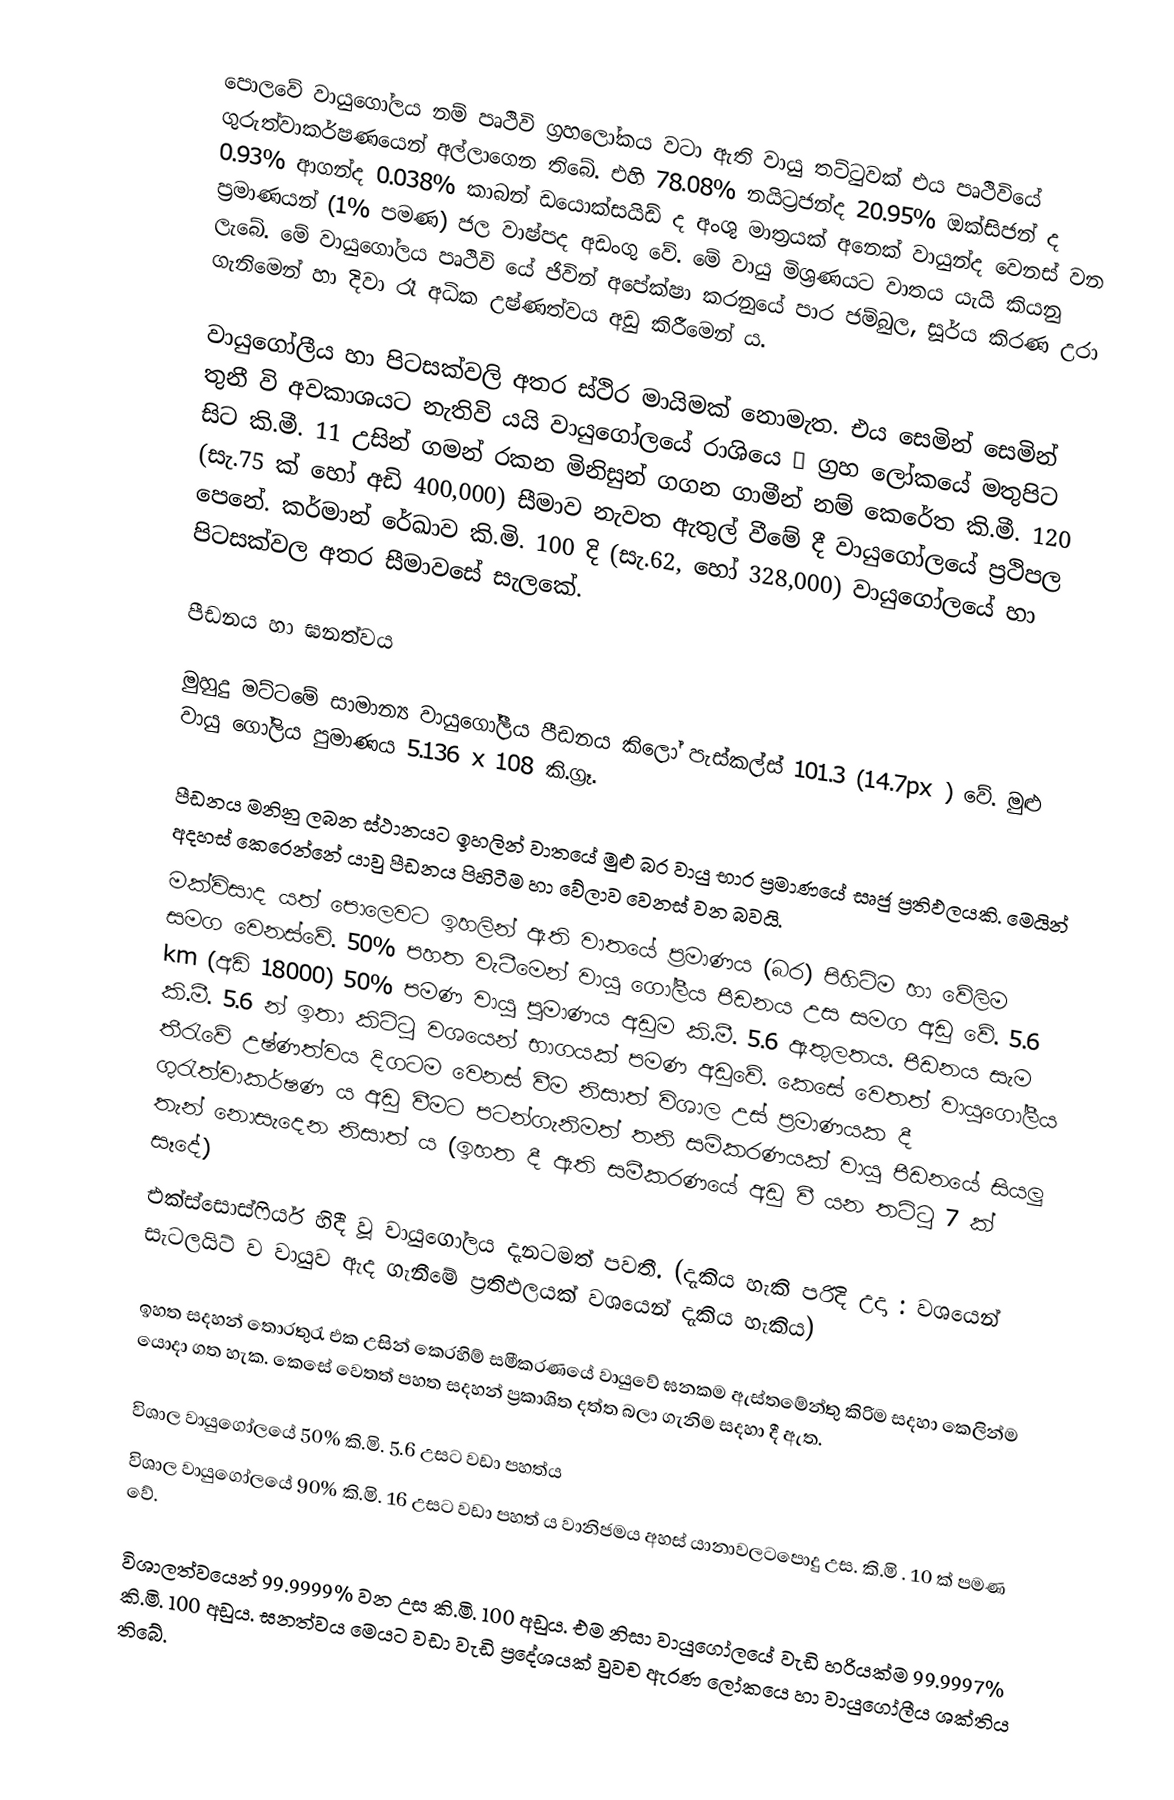
පොලවේ වායුගෝලය නම් පෘථිවි ග්‍රහලෝකය වටා ඇති වායු තට්ටුවක් එය පෘථිවියේ ගුරුත්වාකර්ෂණයෙන් අල්ලාගෙන තිබේ. එහි 78.08% නයිට්‍රජන්ද 20.95% ඔක්සිජන් ද 0.93% ආගන්ද  0.038% කාබන් ඩයොක්සයිඩ් ද  අංශු මාත්‍රයක් අනෙක් වායුන්ද වෙනස් වන ප්‍රමාණයන් (1% පමණ) ජල වාෂ්පද අඩංගු වේ. මේ වායු මිශ්‍රණයට වාතය යැයි කියනු ලැබේ. මේ වායුගෝල‍ය පෘථිවි යේ ජිවින් අපේක්ෂා කරනුයේ පාර ජම්බුල, සූර්ය කිරණ උරා ගැනිමෙන් හා දිවා රෑ අධික උෂ්ණත්වය අඩු කිරීමෙන් ය.

වායු‍ගෝලීය හා පිටසක්වලි අතර ස්ථිර මායිමක් නොමැත. එය සෙමින් සෙමින් තුනී වි අවකාශයට නැතිවි යයි වායුගෝලයේ රාශියෙ ¾ ග්‍රහ ‍ලෝකයේ මතුපිට සිට කි.මී. 11 උසින් ගමන් රකන මිනිසුන් ගගන ගාමීන් නම් කෙරේත කි.මී. 120 (සැ.75 ක් හෝ අඩි 400,000) සීමාව නැවත ඇතුල් වීමේ දී වායුගෝලයේ ප්‍රථිපල පෙනේ. කර්මාන් රේඛාව කි.මි. 100 දි (සැ.62, හෝ 328,000) වායුගෝලයේ හා පිටසක්වල අතර සීමාවසේ සැලකේ.

පීඩනය හා ඝනත්වය

මුහුදු මට්ටමේ සාමාන්‍ය වායුගෝලීය පීඩනය කිලෝ පැස්කල්ස් 101.3 (14.7px ) වේ. මුළු වායු ගෝලිය පුමාණය 5.136 x 108   කි.ග්‍රෑ.

පීඩනය මනිනු ලබන ස්ථානයට ඉහලින් වාතයේ මුළු බර වායු භාර ප්‍රමාණයේ සෘජු ප්‍රතිඵලයකි. මෙයින් අදහස් කෙරෙන්නේ යාවු පීඩනය පිහිටීම  හා වේලාව වෙනස් වන බවයි.
මක්විසාද යත් පොලෙවට ඉහලින් ඇති වාතයේ  ප්‍රමාණය (බර) පිහිටිම හා වේලිම සමග වෙනස්වේ. 50% පහත වැටීමෙන් වායු ගෝලීය පීඩනය උස සමග අඩු වේ. 5.6  km  (අඩි 18000) 50% පමණ වායු පුමාණය අඩුම කි.මී. 5.6 ඇතුලතය. පීඩනය සැම කි.මී. 5.6 න් ඉතා කිට්ටු  වශයෙන් භාගයක් පමණ අඩුවේ.  කෙසේ වෙතත් වායුගෝලීය තීරැවේ උෂ්ණත්වය දිගටම වෙනස් වීම නිසාත් විශාල උස් ප්‍රමාණයක දී ගුරැත්වාකර්ෂණ ය අඩු වීමට පටන්ගැනිමත් තනි සමිකරණයක් වායු පීඩනයේ සියලු තැන්  නොසැදෙන නිසාත් ය (ඉහත දී ඇති සමීකරණයේ අඩු වී යන තට්ටු 7 ක් සෑදේ)
එක්ස්සොස්ෆියර් හිදී වූ වායුගෝලය දැනටමත් පවතී. (දැකිය හැකි පරිදි උදා : වශයෙන් සැටලයිට් ව වායුව ඇද ගැනීමේ ප්‍රතිඵලයක් වශයෙන් දැකිය හැකිය)

ඉහත සදහන් තොරතුරැ ‍එක උසින් කෙරහිම් සමීකරණයේ වායුවේ ඝනකම ඇස්තමේන්තු කිරිම සදහා කෙලින්ම යොදා ගත ‍හැක. කෙසේ වෙතත් පහත සදහන් ප්‍රකාශිත දත්ත බලා ගැනිම සදහා දී ඇත.

විශාල වායු‍ගෝල‍යේ 50% කි.මි. 5.6 උසට වඩා පහත්ය
විශාල වායුගෝලයේ 90% කි.මි. 16 උසට වඩා පහත් ය වානිජමය අහස් යානාවලටපොදු උස. කි.මි . 10 ක් පමණ වේ.

විශාලත්වයෙන් 99.9999% වන උස කි.මි. 100 අඩුය. එම නිසා වායුගෝලයේ වැඩි හරියක්ම 99.9997% කි.මි. 100 අඩුය. ඝනත්වය මෙයට වඩා වැඩි ප්‍රදේශයක් වුවච ඇරණ ලෝකයෙ හා වායු‍ගෝලීය ශක්තිය තිබේ.